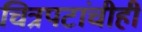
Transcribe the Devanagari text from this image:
चित्रपटांचीही